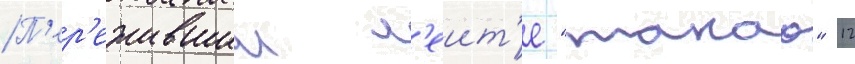
П'ер'ежившии л'еит'е "такао" 12